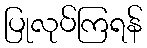
ပြုလုပ်ကြရန်